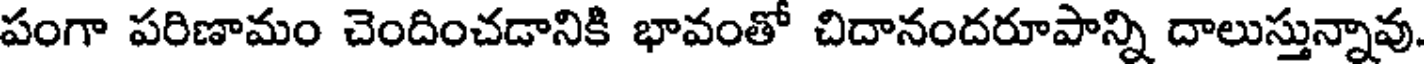
పంగా పరిణామం చెందించడానికి భావంతో చిదానందరూపాన్ని దాలుస్తున్నావు